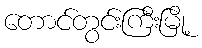
တောင်တွင်းကြီးမြို့